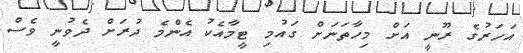
އަހަރުގެ ރޫނީ އަށް މިހާތަނަށް ގައުމި ޓީމާއެކު އެންމެ ދުރަށް ދެވުނީ ވެސް